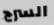
السرج